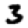
Digit: 3